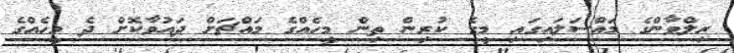
ރިލްވާންގެ މައްސަލައިގައި މީގެ ކުރިން ތިން މީހެއްގެ މައްޗަށް ދައުވާކޮށް ދެ މީހެއްގެ